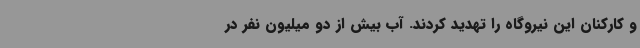
و کارکنان این نیروگاه را تهدید کردند. آب بیش از دو میلیون نفر در